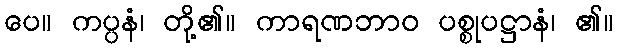
ပေ။ ကပ္ပနံ၊ တို့၏။ ကာရဏဘာဝ ပစ္စုပဋ္ဌာနံ၊ ၏။